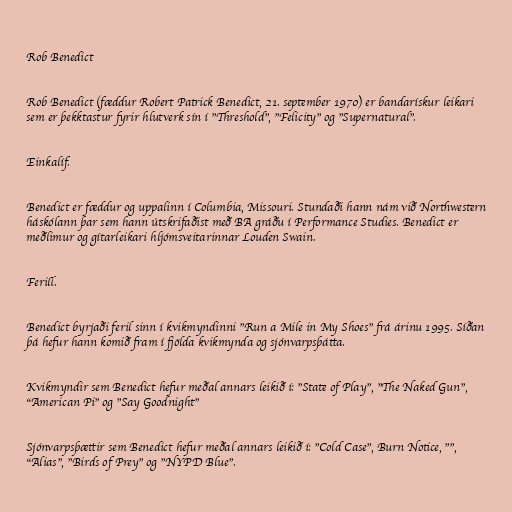
Rob Benedict

Rob Benedict (fæddur Robert Patrick Benedict, 21. september 1970) er bandarískur leikari
sem er þekktastur fyrir hlutverk sín í "Threshold", "Felicity" og "Supernatural".

Einkalíf.

Benedict er fæddur og uppalinn í Columbia, Missouri. Stundaði hann nám við Northwestern
háskólann þar sem hann útskrifaðist með BA gráðu í Performance Studies. Benedict er
meðlimur og gítarleikari hljómsveitarinnar Louden Swain.

Ferill.

Benedict byrjaði feril sinn í kvikmyndinni "Run a Mile in My Shoes" frá árinu 1995. Síðan
þá hefur hann komið fram í fjölda kvikmynda og sjónvarpsþátta.

Kvikmyndir sem Benedict hefur meðal annars leikið í: "State of Play", "The Naked Gun",
"American Pi" og "Say Goodnight"

Sjónvarpsþættir sem Benedict hefur meðal annars leikið í: "Cold Case", Burn Notice, "",
"Alias", "Birds of Prey" og "NYPD Blue".